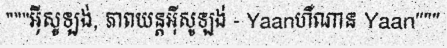
"""អ៊ីសូឡង់, ភាពយន្តអ៊ីសូឡង់ - Yaanហឺណាន Yaan"""